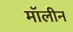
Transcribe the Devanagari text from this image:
मॉलीन